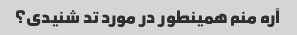
آره منم همینطور در مورد تد شنیدی؟